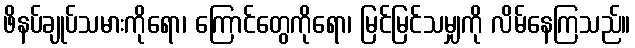
ဖိနပ်ချုပ်သမားကိုရော၊ ကြောင်တွေကိုရော၊ မြင်မြင်သမျှကို လိမ်နေကြသည်။